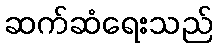
ဆက်ဆံရေးသည်